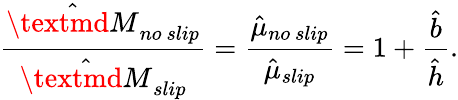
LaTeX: \frac{\hat{\textmd M}_{no\ slip}}{\hat{\textmd M}_{slip}}=\frac{\hat{\mu}_{no\ slip}}{\hat{\mu}_{slip}}=1+\frac{\hat{b}}{\hat{h}}.